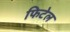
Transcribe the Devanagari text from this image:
फिटेल